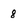
Character: 8